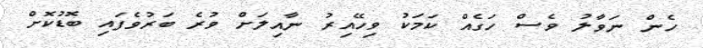
ހެން ނަވާލު ވެސް ހަގެއް ކަމަކު ވިހޭއިރު ނާއިލަށް ވުރެ ބަރުވެފައި ބޮޑުކޮށް